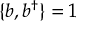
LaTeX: \{ b , b ^ { \dagger } \} = 1